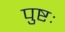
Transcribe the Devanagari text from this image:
पुष्टः